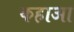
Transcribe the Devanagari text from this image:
कहाआ